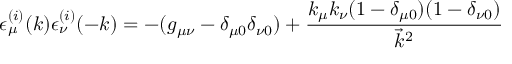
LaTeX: \epsilon _ { \mu } ^ { ( i ) } ( k ) \epsilon _ { \nu } ^ { ( i ) } ( - k ) = - ( g _ { \mu \nu } - \delta _ { \mu 0 } \delta _ { \nu 0 } ) + \frac { k _ { \mu } k _ { \nu } ( 1 - \delta _ { \mu 0 } ) ( 1 - \delta _ { \nu 0 } ) } { \vec { k } ^ { 2 } }